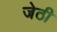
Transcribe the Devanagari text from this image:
जेठी